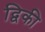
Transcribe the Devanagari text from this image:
द्विकी